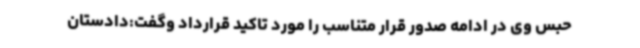
حبس وی در ادامه صدور قرار متناسب را مورد تاکید قرارداد وگفت:دادستان